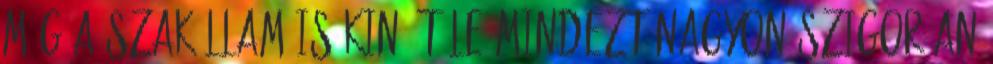
még a szakállam is kinő tőle Mindezt nagyon szigorúan